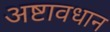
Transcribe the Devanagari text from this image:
अष्टावधान